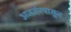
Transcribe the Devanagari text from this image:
अजमेरपासून